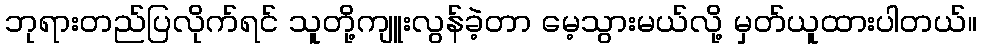
ဘုရားတည်ပြလိုက်ရင် သူတို့ကျူးလွန်ခဲ့တာ မေ့သွားမယ်လို့ မှတ်ယူထားပါတယ်။